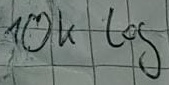
Text: 10k log